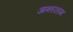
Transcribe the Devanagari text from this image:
अन्तरतम